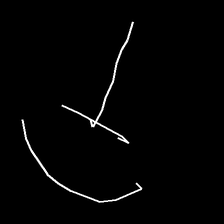
Glyph: dispersion